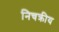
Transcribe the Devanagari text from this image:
निचक्रीय